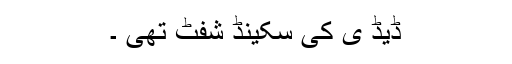
ڈیڈ ی کی سکینڈ شفٹ تھی ۔